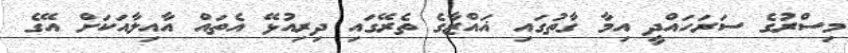
މިސްރުގެ ސަރަހައްދީ އިމާ ގާތުގައި ޣައްޒާގެ ތެރޭގައި ދިރިއުޅޭ އެތައް އާއިލާއަކަށް އޭގެ